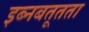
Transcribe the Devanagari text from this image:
इब्नबतूतता